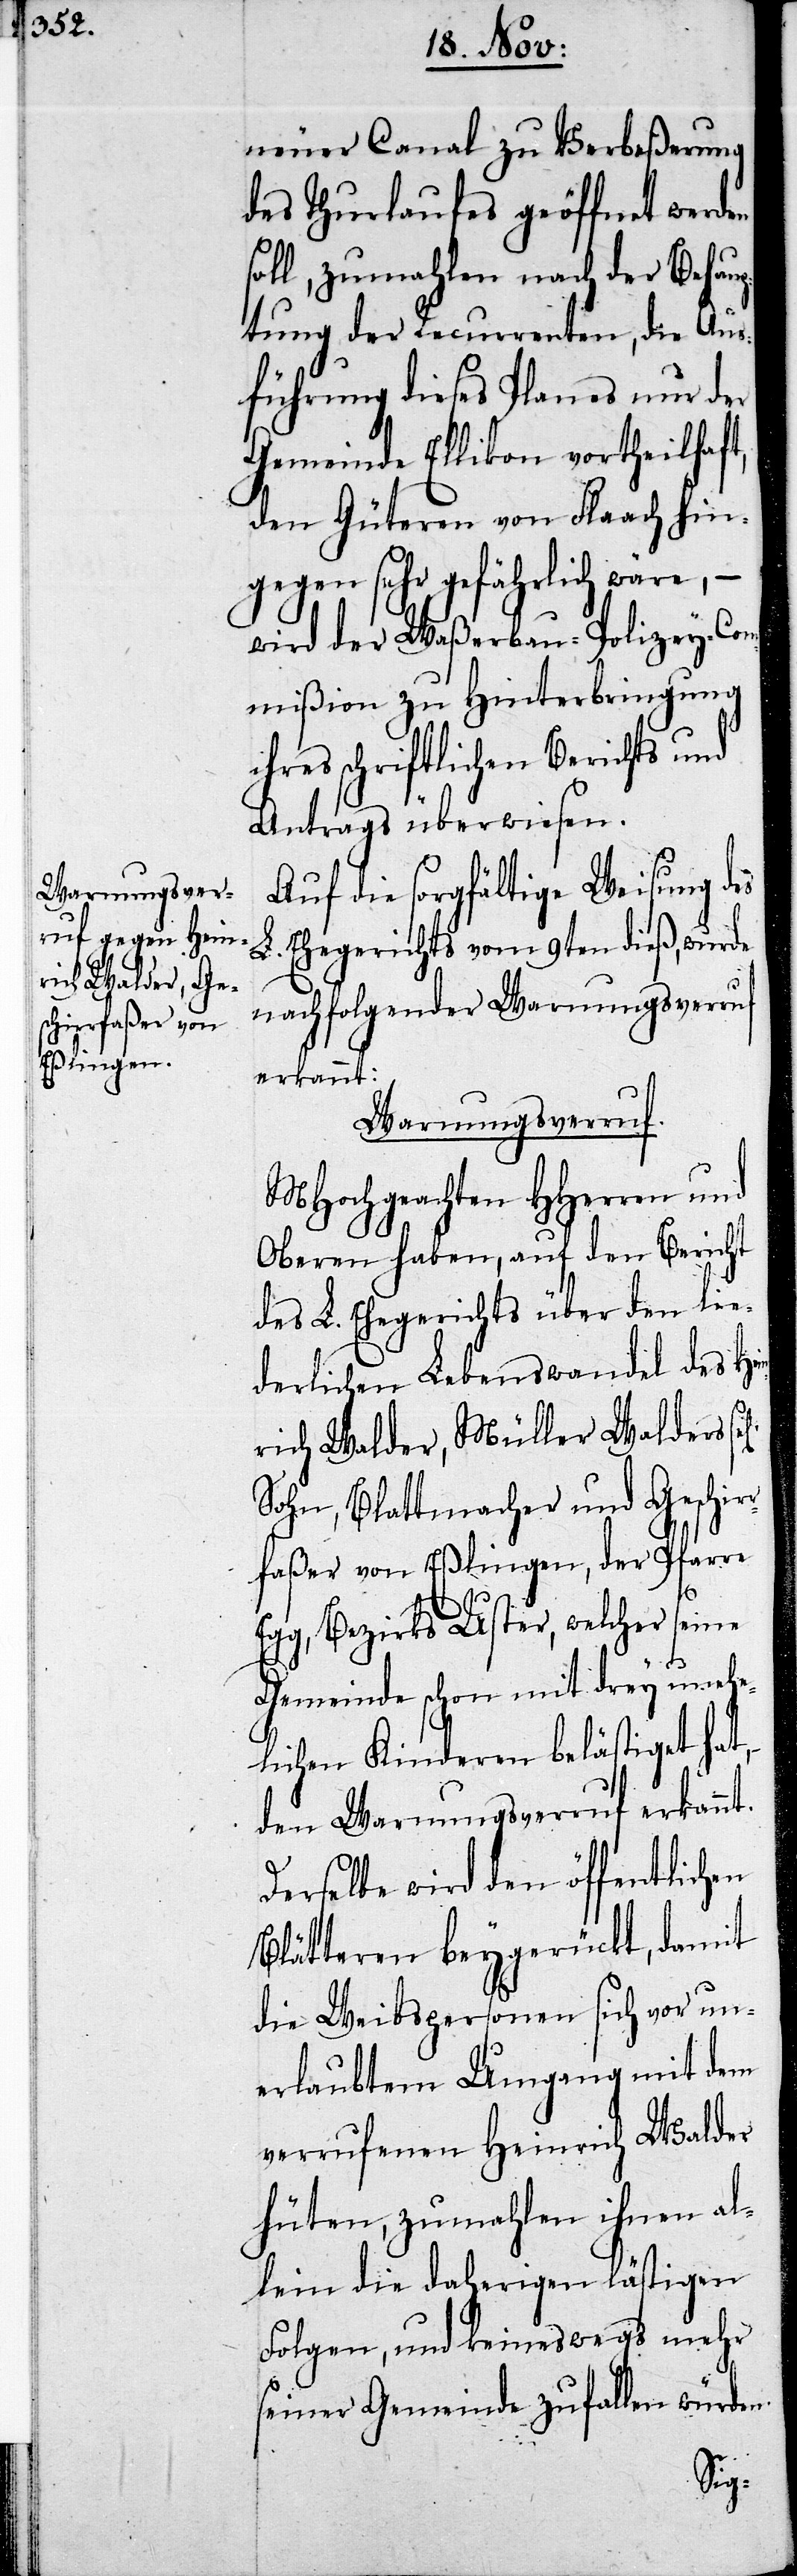
neuer Canal zu Verbeßerung
des Thurlaufes geöffnet werden
soll, zumahlen nach der Behaup¬
tung der Recurrenten, die Aus¬
führung dieses Planes nur der
Gemeinde Ellikon vortheilhaft,
den Güteren von Flaach hin¬
gegen sehr gefährlich wäre, –
wird der Waßerbau-Polizey-Com¬
mißion zu Hinterbringung
ihres schriftlichen Berichts und
Antrags überwiesen.
Auf die sorgfältige Weisung des
L. Ehegerichts vom 9ten dieß, wurde
nachfolgender Warnungsverruf
erkannt:
Warnungsverruf.
MHochgeachten HHerren und
Oberen haben, auf den Bericht
des L. Ehegerichts über den lie¬
derlichen Lebenswandel des He¬
rich Walder, Müller Walders
Sohn, Blattmacher und Geschir¬
rfaßer von Eßlingen, der Pfarre
Egg, Bezirks Uster, welcher seine
Gemeinde schon mit drey unehe¬
lichen Kinderen belästiget hat,
den Warnungsverruf erkannt.
Derselbe wird den öffentlichen
Blätteren beygerückt, damit
die Weibspersonen sich vor un¬
erlaubtem Umgang mit dem
verrufenen Heinrich Walder
hüten, zumahlen ihnen al¬
lein die daherigen lästigen
Folgen, und keineswegs mehr
seiner Gemeinde zufallen würde¬
n.